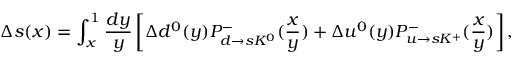
\Delta s ( x ) = \int _ { x } ^ { 1 } { \frac { d y } { y } } \left[ \Delta d ^ { 0 } ( y ) P _ { d \rightarrow s K ^ { 0 } } ^ { - } ( { \frac { x } { y } } ) + \Delta u ^ { 0 } ( y ) P _ { u \rightarrow s K ^ { + } } ^ { - } ( { \frac { x } { y } } ) \right] ,